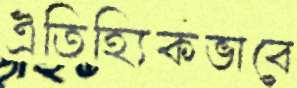
ঐতিহ্যিকভাবে